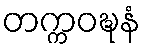
တက္ကဝဍ္ဎနံ